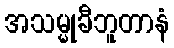
အသမ္မုခီဘူတာနံ